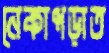
নেকাপড়াত